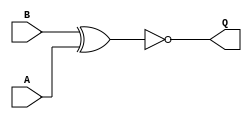
module f_xnor (B,A,Q);
	input B, A;
	output Q;
	assign Q 	= ~(B ^ A);
endmodule